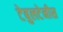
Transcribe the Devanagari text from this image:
टेबुलटेनीस